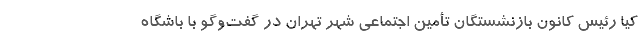
کیا رئیس کانون بازنشستگان تأمین اجتماعی شهر تهران در گفت‌وگو با باشگاه